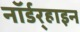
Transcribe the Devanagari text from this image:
नॉर्डर्‍हाइन